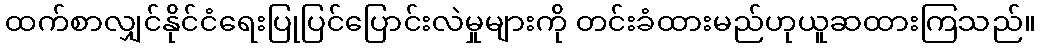
ထက်စာလျှင်နိုင်ငံရေးပြုပြင်ပြောင်းလဲမှုများကို တင်းခံထားမည်ဟုယူဆထားကြသည်။